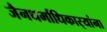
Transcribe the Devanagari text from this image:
जैनधर्माधिकार्‍यांना